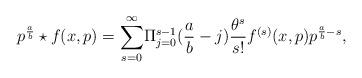
LaTeX: \begin{align*}{p^{\frac{a}{b}} \star f(x,p)} = {\sum _{s=0}^{\infty}}{\Pi _{j=0}^{s-1}}({\frac{a}{b}}-j) {\frac {\theta ^{s}}{s!}}f^{(s)}(x,p) p^{\frac{a}{b}-s},\end{align*}